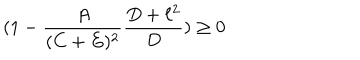
( 1 - \frac { A } { ( C + E ) ^ { 2 } } \frac { D + \ell ^ { 2 } } { D } ) \geq 0